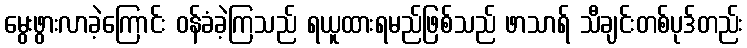
မွေးဖွားလာခဲ့ကြောင်း ဝန်ခံခဲ့ကြသည် ရယူထားရမည်ဖြစ်သည် ဖာသာရ် သီချင်းတစ်ပုဒ်တည်း